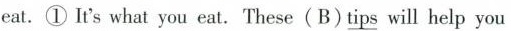
eat.① It's what you eat. These(B) \underline{tips} will help you